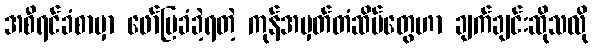
အစီရင်ခံစာမှာ ဖော်ပြခံခဲ့ရတဲ့ ကုန်အမှတ်တံဆိပ်တွေဟာ ချက်ချင်းဆိုသလို